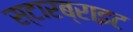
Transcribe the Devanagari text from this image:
स्टारब्राइट